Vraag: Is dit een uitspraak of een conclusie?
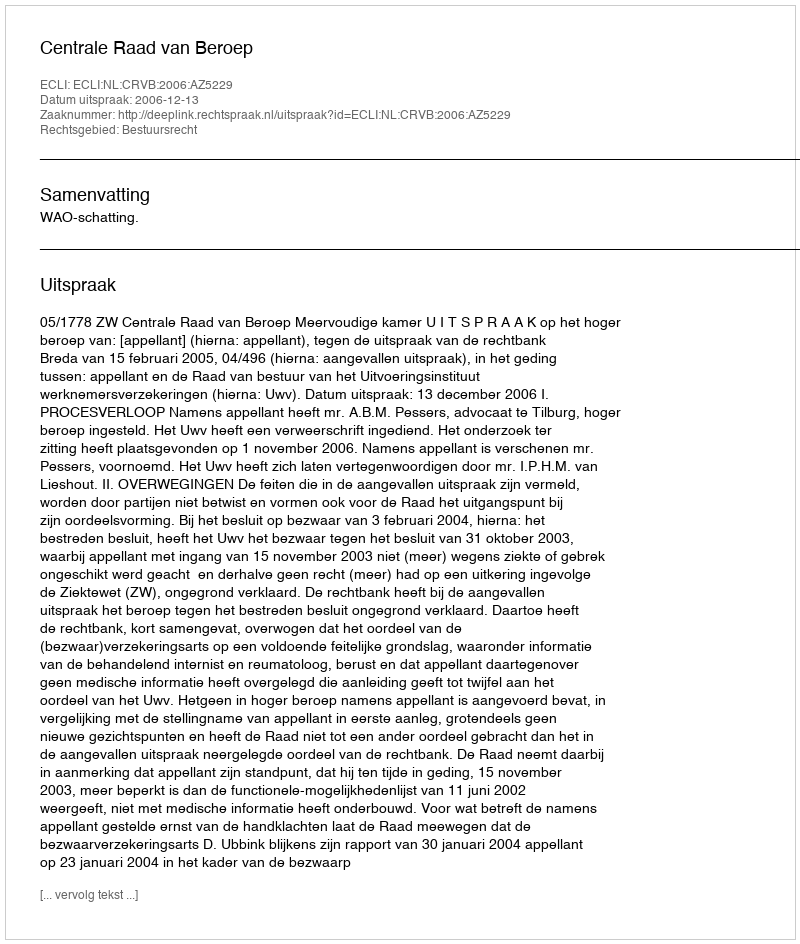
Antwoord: Uitspraak